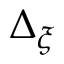
\Delta _ { \xi }